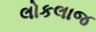
લોકલાજ